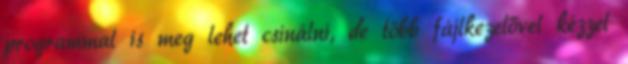
programmal is meg lehet csinálni, de több fájlkezelővel kézzel